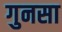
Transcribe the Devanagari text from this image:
गुनसा